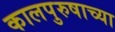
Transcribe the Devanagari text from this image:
कालपुरुषाच्या